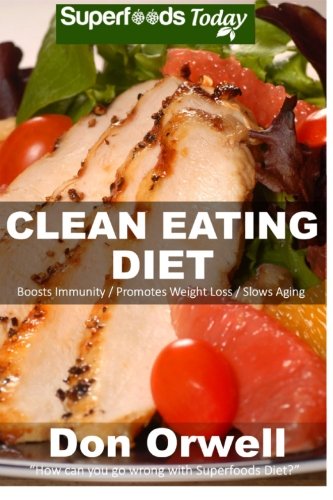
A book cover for Clean Eating Diet: 100+ Recipes for Weight Maintenance Diet, Wheat Free Diet, Heart Healthy Diet, Whole Foods Diet,Antioxidants & Phytochemicals, ... - weight loss meal plans) (Volume 100); Don Orwell; Health, Fitness & Dieting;